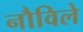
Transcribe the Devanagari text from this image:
नौविले